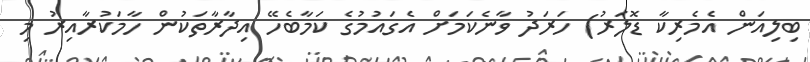
ބިލިއަން އެމެރިކާ ޑޮލަރު) ހަރަދު ވާނެކަމަށް އެގައުމުގެ ކަމާބެހޭ އިދާރާތަކުން ހާމަކުރާއިރު މި